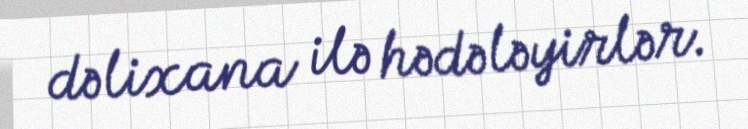
dəlixana ilə hədələyirlər.